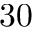
3 0